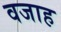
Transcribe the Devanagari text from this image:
वजाह